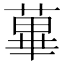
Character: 蓽